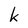
Character: k